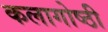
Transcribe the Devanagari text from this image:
कलागोष्ठी